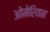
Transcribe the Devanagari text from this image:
ओमेरियन